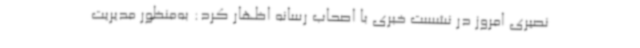
نصیری امروز در نشست خبری با اصحاب رسانه اظهار کرد: به‌منظور مدیریت